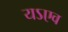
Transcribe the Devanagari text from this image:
यऽएव